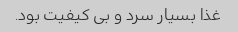
غذا بسیار سرد و بی کیفیت بود.